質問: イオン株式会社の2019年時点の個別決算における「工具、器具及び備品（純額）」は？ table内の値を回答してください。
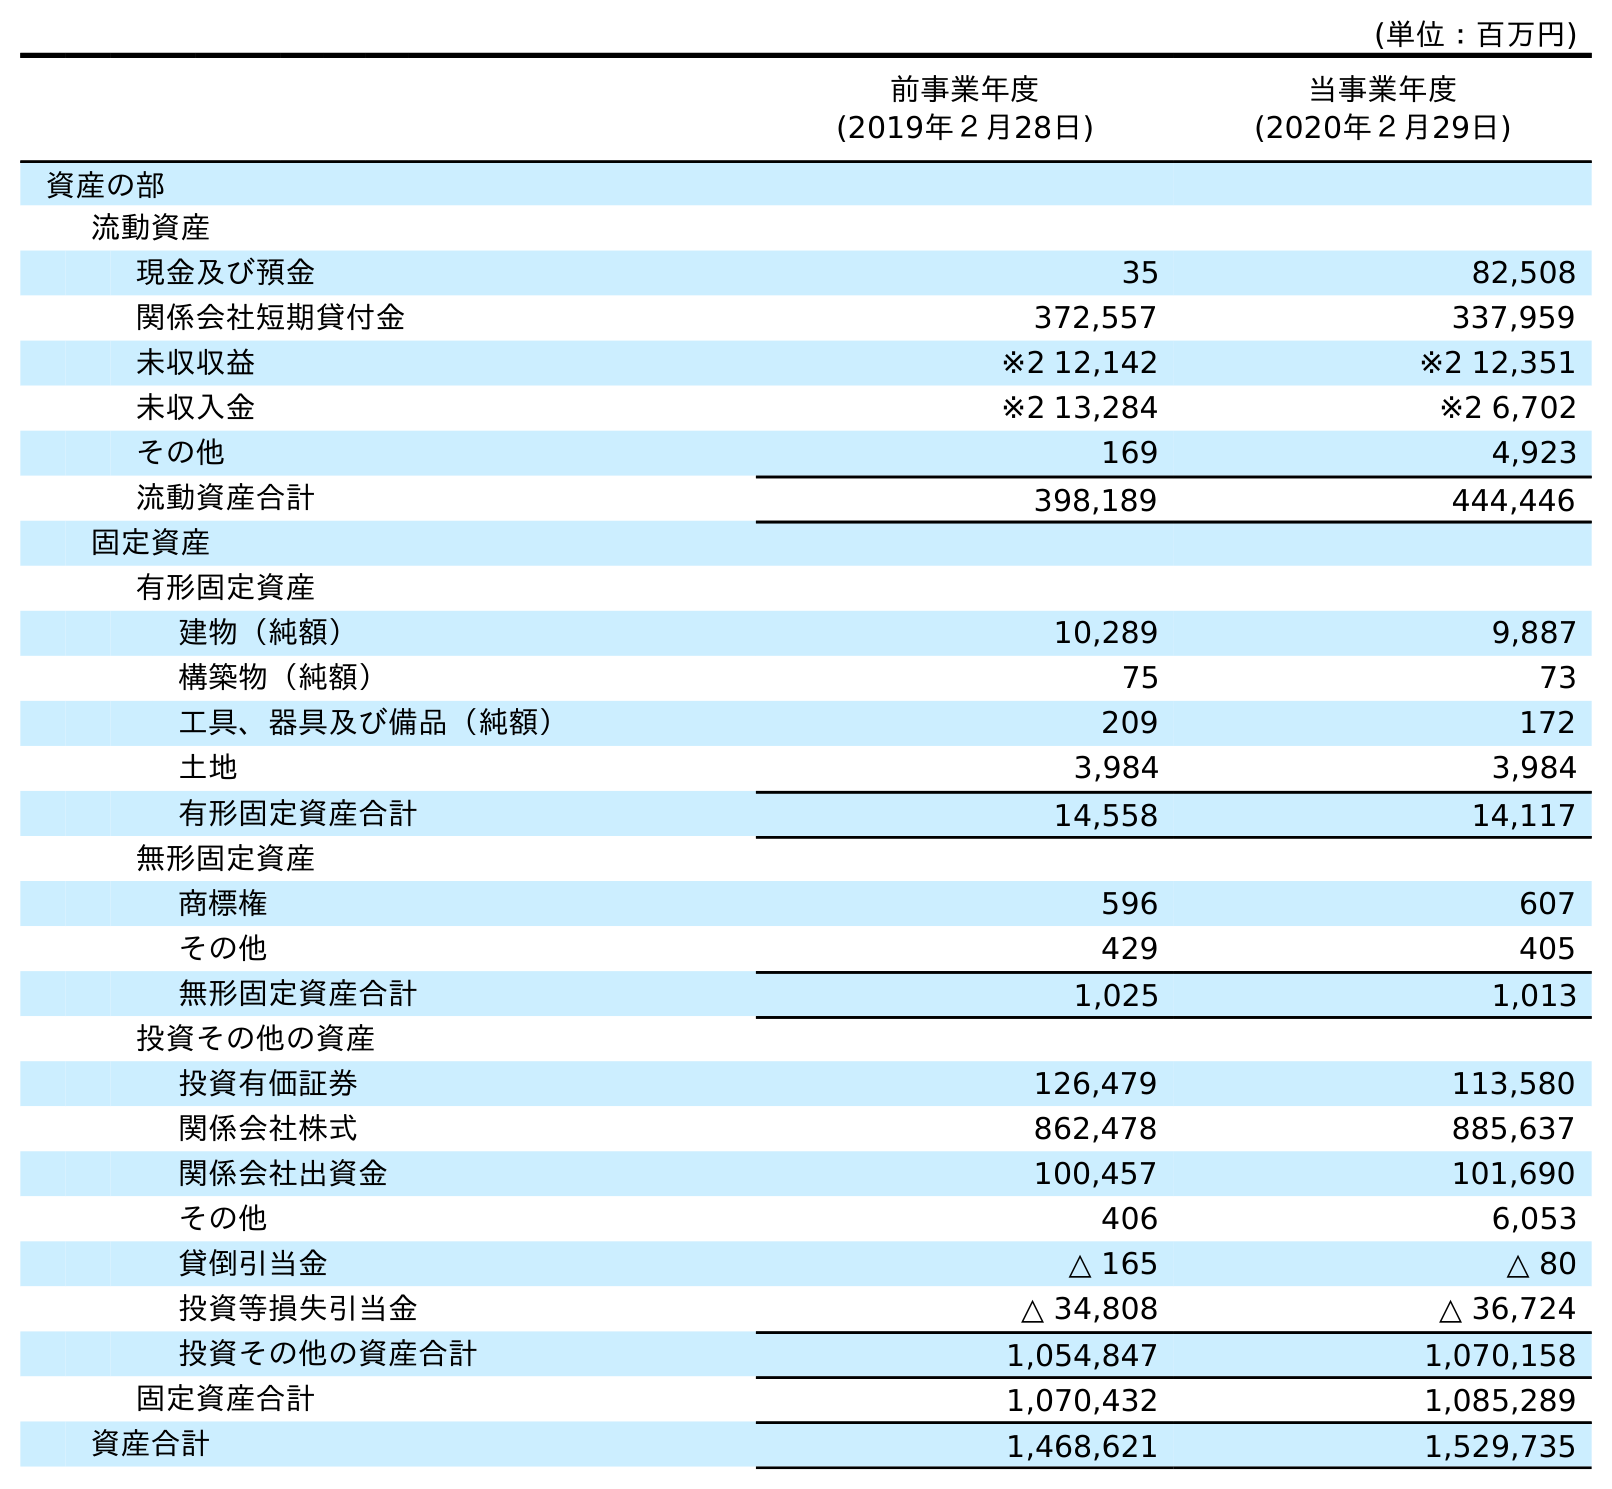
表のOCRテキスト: (単位：百万円) 前事業年度 (2019年２月28日) 当事業年度 (2020年２月29日) 資産の部 流動資産 現金及び預金 35 82,508 関係会社短期貸付金 372,557 337,959 未収収益 ※2 12,142 ※2 12,351 未収入金 ※2 13,284 ※2 6,702 その他 169 4,923 流動資産合計 398,189 444,446 固定資産 有形固定資産 建物（純額） 10,289 9,887 構築物（純額） 75 73 工具、器具及び備品（純額） 209 172 土地 3,984 3,984 有形固定資産合計 14,558 14,117 無形固定資産 商標権 596 607 その他 429 405 無形固定資産合計 1,025 1,013 投資その他の資産 投資有価証券 126,479 113,580 関係会社株式 862,478 885,637 関係会社出資金 100,457 101,690 その他 406 6,053 貸倒引当金 △ 165 △ 80 投資等損失引当金 △ 34,808 △ 36,724 投資その他の資産合計 1,054,847 1,070,158 固定資産合計 1,070,432 1,085,289 資産合計 1,468,621 1,529,735
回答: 209